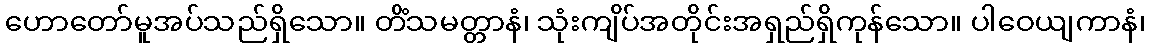
ဟောတော်မူအပ်သည်ရှိသော။ တိံသမတ္တာနံ၊ သုံးကျိပ်အတိုင်းအရှည်ရှိကုန်သော။ ပါဝေယျကာနံ၊